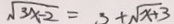
\sqrt { 3 x - 2 } = 3 + \sqrt { x + 3 }